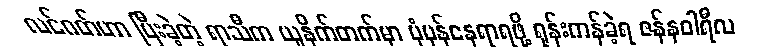
လင်ဂတ်ဟာ ပြီးခဲ့တဲ့ ရာသီက ယူနိုက်တက်မှာ ပုံမှန်နေရာရဖို့ ရုန်းကန်ခဲ့ရ ဇန်နဝါရီလ